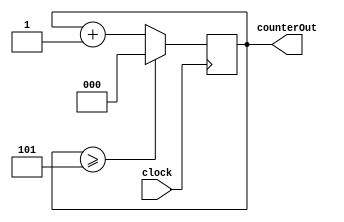
module counter(clock, counterOut);

input wire clock;
output reg[2:0] counterOut;

parameter START = 3'b000;
parameter END = 3'b101;

always @(posedge clock) begin
	if(counterOut >= END)
		counterOut = START;
	else
		counterOut = (counterOut + 1);
end

endmodule